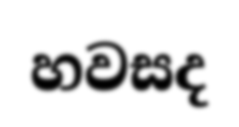
හවසද